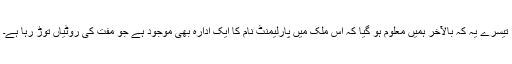
تیسرے یہ کہ بالآخر ہمیں معلوم ہو گیا کہ اس ملک میں پارلیمنٹ نام کا ایک ادارہ بھی موجود ہے جو مفت کی روٹیاں توڑ رہا ہے۔